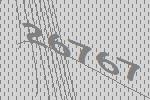
26767